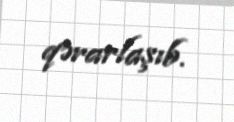
qərarlaşıb.